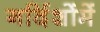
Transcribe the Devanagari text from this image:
गर्दिशोंमें